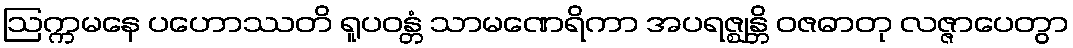
ဩက္ကမနေ ပဟောဿတိ ရူပဝန္တံ သာမဏေရိကာ အပရဇ္ဈန္တိ ဝဇဓာတု လဇ္ဇာပေတွာ